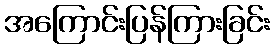
အကြောင်းပြန်ကြားခြင်း